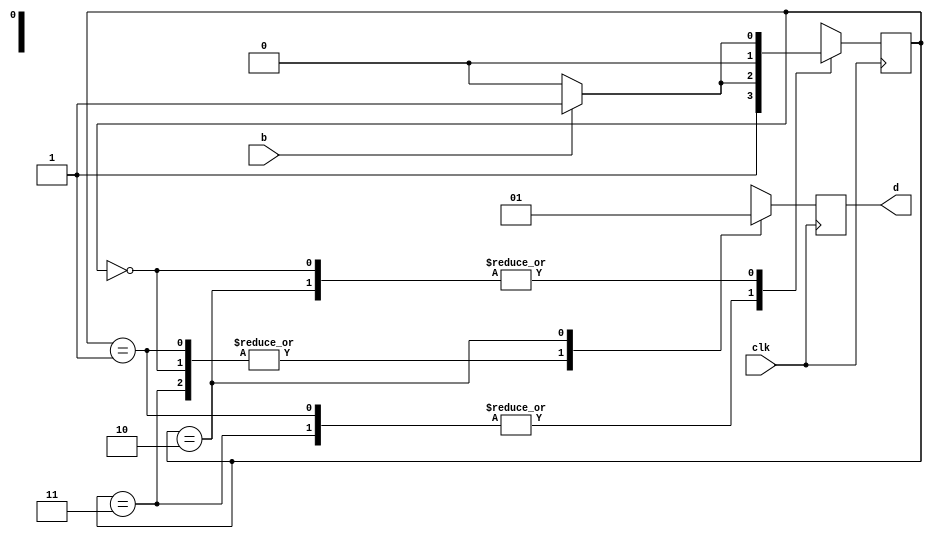
`timescale 1ns / 1ps
//////////////////////////////////////////////////////////////////////////////////
// Company: 
// Engineer: 
// 
// Design Name: 
// Module Name: ButtonDebounce
// Project Name: 
// Target Devices: 
// Tool Versions: 
// Description: 
// 
// Dependencies: 
// 
// Revision:
// Revision 0.01 - File Created
// Additional Comments:
// 
//////////////////////////////////////////////////////////////////////////////////


module ButtonDebounce(
    input b,
    input clk,
    output reg d
    );
    
    reg [1:0] state = 2'b00;
    
    always @(posedge clk) begin
        case (state)
            2'b00: begin
                state <= (b ? 2'b01 : 2'b00);
                d <= 0;
            end
            2'b01: begin
                state <= (b ? 2'b11 : 2'b10);
                d <= 0;
            end
            2'b11: begin
                state <= (b ? 2'b11 : 2'b10);
                d <= 0;
            end
            2'b10: begin
                state <= (b ? 2'b01 : 2'b00);
                d <= 1;
            end
            default: begin
                state <= 2'b00;
                d <= 0;
            end
        endcase
    end
endmodule